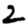
Digit: 2